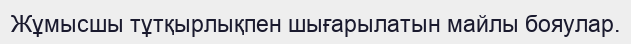
Жұмысшы тұтқырлықпен шығарылатын майлы бояулар.